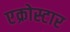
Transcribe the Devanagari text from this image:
एक्रोस्टार